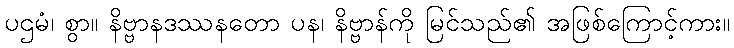
ပဌမံ၊ စွာ။ နိဗ္ဗာနဒဿနတော ပန၊ နိဗ္ဗာန်ကို မြင်သည်၏ အဖြစ်ကြောင့်ကား။